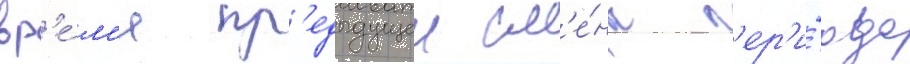
вр'е́м'я пр'едыдущеи см'е́ны п'ер'и́ода